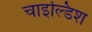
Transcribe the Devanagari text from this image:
चाइल्डिश